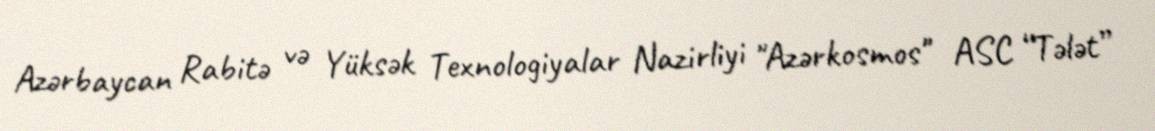
Azərbaycan Rabitə və Yüksək Texnologiyalar Nazirliyi "Azərkosmos" ASC “Tələt”